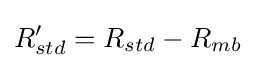
R'_{std}=R_{std}-R_{mb}